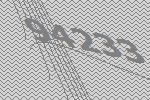
94233